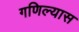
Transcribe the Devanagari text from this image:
गणिल्यास